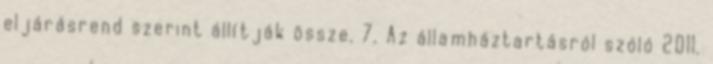
eljárásrend szerint állítják össze. 7. Az államháztartásról szóló 2011.